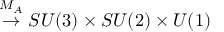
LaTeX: \stackrel { M _ { A } } { \rightarrow } S U ( 3 ) \times S U ( 2 ) \times U ( 1 )